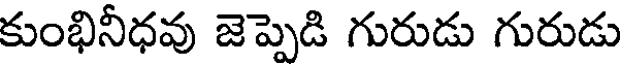
కుంభినీధవు జెప్పెడి గురుడు గురుడు